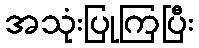
အသုံးပြုကြပြီး